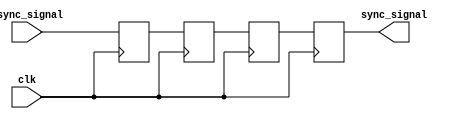
module triple_ff_synchronizer (
    input  wire        clk,          // Clock signal of the destination clock domain
    input  wire        async_signal,  // Asynchronous input signal to be synchronized
    output reg         sync_signal    // Synchronized output signal
);
    // Internal flip-flop registers
    reg     ff1, ff2, ff3;

    // Sequential logic: sampling the async_signal on the rising edge of clk
    always @(posedge clk) begin
        ff1 <= async_signal; // Sample the async_signal into the first flip-flop
        ff2 <= ff1;          // Sample the output of the first flip-flop into the second
        ff3 <= ff2;          // Sample the output of the second flip-flop into the third
    end

    // The output of the third flip-flop is the synchronized signal
    always @(posedge clk) begin
        sync_signal <= ff3;
    end

endmodule